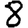
Digit: 8